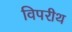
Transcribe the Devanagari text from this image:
विपरीथ